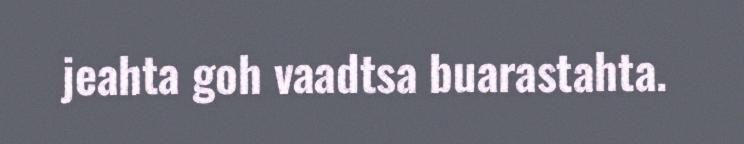
jeahta goh vaadtsa buarastahta.